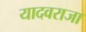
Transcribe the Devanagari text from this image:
यादवराजा